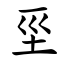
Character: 坙